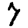
Digit: 7